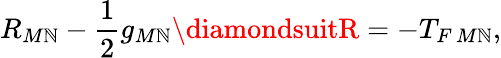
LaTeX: R_{M\mathbb{N}}-\frac{{1}}{{2}}g_{M\mathbb{N}}\diamondsuitR=-T_{F\, M\mathbb{N}},